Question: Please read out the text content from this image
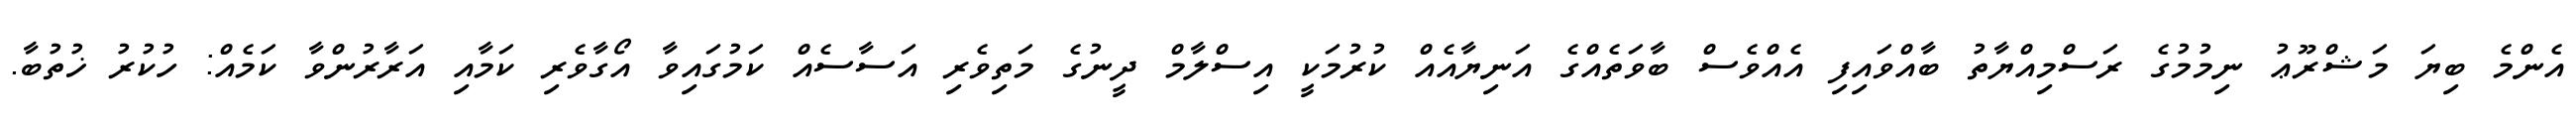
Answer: އެންމެ ބިޔަ މަޝްރޫޢު ނިމުމުގެ ރަސްމިއްޔާތު ބާއްވައިފި އެއްވެސް ބާވަތެއްގެ އަނިޔާއެއް ކުރުމަކީ އިސްލާމް ދީނުގެ މަތިވެރި އަސާސެއް ކަމުގައިވާ އޯގާވެރި ކަމާއި އަރާރުންވާ ކަމެއް: ހުކުރު ޚުތުބާ.